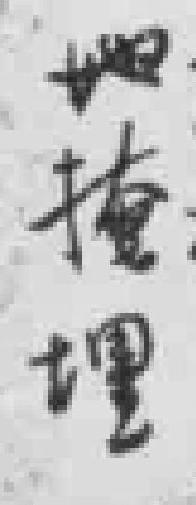
姆掩理